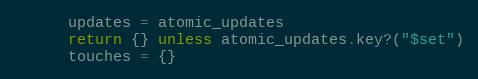
Language: Ruby
      updates = atomic_updates
      return {} unless atomic_updates.key?("$set")
      touches = {}